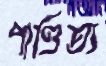
পাণ্ডিত্য